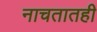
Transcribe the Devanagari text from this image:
नाचतातही